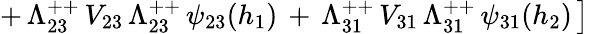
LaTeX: \left.+\, \Lambda_{23}^{++}\, V_{23}\, \Lambda_{23}^{++}\, \psi_{23}(h_{1})\, +\, \Lambda_{31}^{++}\, V_{31}\, \Lambda_{31}^{++}\, \psi_{31}(h_{2})\, \right]